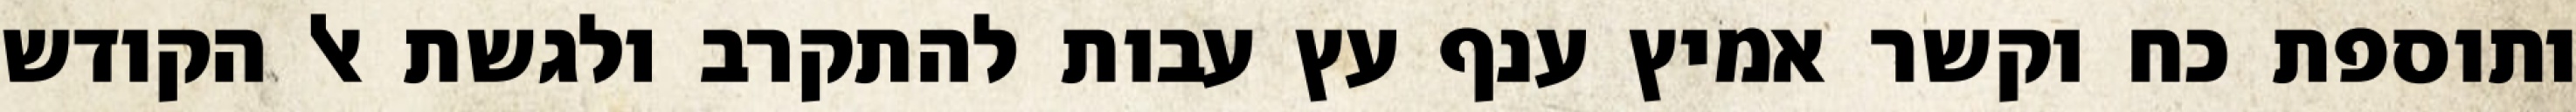
ותוספת כח וקשר אמיץ ענף עץ עבות להתקרב ולגשת אל הקודש